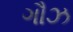
ગૌઝ